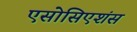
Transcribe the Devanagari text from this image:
एसोसिएशंस